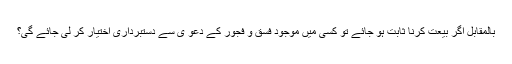
بالمقابل اگر بیعت کرنا ثابت ہو جائے تو کسی میں موجود فسق و فجور کے دعو ی سے دستبرداری اختیار کر لی جائے گی؟